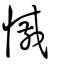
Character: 慽